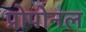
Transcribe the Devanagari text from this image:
प्रोपोनल